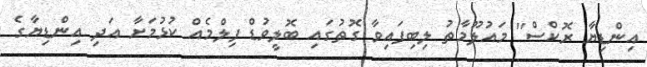
އިންޑިޔާ ރޮކްސް'' މައުލޫމާތު ލިބިފައިވާ ގޮތުގައި ބޮލީވުޑް ފިލްމެއް ކުޅުމަށާ އަދި އިންޑިޔާގެ